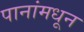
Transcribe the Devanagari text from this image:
पानांमधून